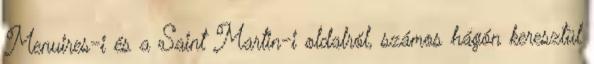
Menuires-i és a Saint Martin-i oldalról, számos hágón keresztül